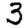
Digit: 3